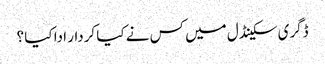
ڈگری سکینڈل میں کس نے کیا کردار ادا کیا ؟